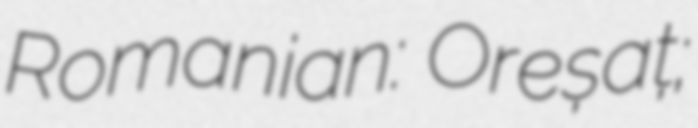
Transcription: Romanian: Oreșaț;